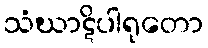
သံဃာဋိပါရုတော